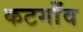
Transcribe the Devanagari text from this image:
कटगाँव